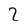
Character: 2